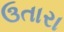
ઉતારા